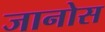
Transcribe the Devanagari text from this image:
जानोस